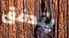
يتدفق